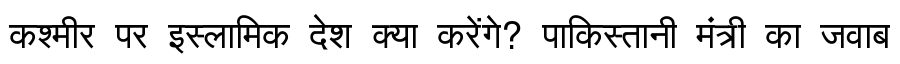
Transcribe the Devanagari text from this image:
कश्मीर पर इस्लामिक देश क्या करेंगे? पाकिस्तानी मंत्री का जवाब